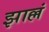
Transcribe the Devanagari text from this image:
झाल्लं